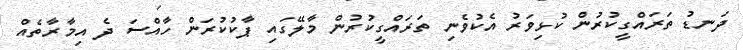
ދަނޑު ތަރައްގީކުރުން ކުޅިވަރު އެކުވެނި ތަރައްގީކުރުން މާލޭގައި ޕާކުކުރަން ހާއްސަ ދެ އިމާރާތެއް